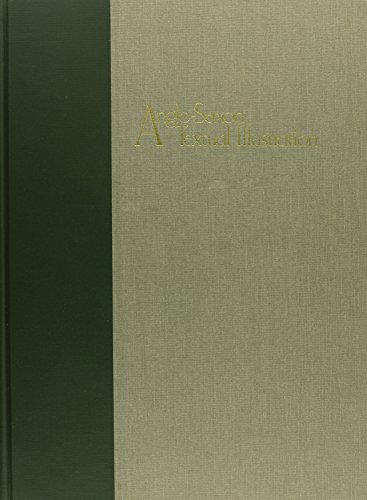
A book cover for Anglo-Saxon Textual Illustration: Photographs of Sixteen Manuscripts with Descriptions and Index; Thomas H. Olgren; Arts & Photography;